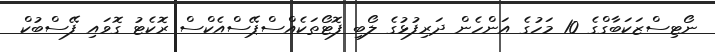
ނޯޓިސްޒަކަބާގްގެ 10 މަހުގެ އަންހެން ދަރިފުޅުގެ ލޯބި ފޮޓޯތަކެއްސްޕޭސްއެކްސް ރޮކެޓު ގޮވައި ފޭސްބުކް